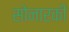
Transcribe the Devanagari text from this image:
सोनारकी